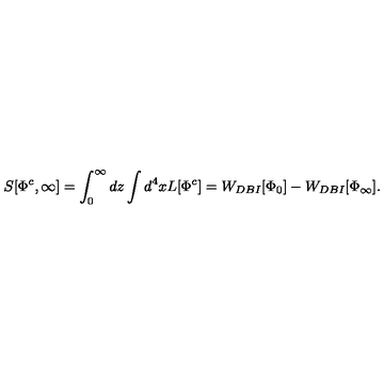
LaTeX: S [ \Phi ^ { c } , \infty ] = \int _ { 0 } ^ { \infty } d z \int d ^ { 4 } x L [ \Phi ^ { c } ] = W _ { D B I } [ \Phi _ { 0 } ] - W _ { D B I } [ \Phi _ { \infty } ] .